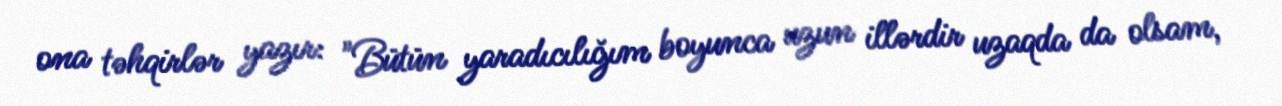
ona təhqirlər yazır: "Bütün yaradıcılığım boyunca uzun illərdir uzaqda da olsam,